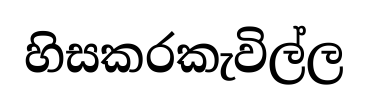
හිසකරකැවිල්ල